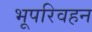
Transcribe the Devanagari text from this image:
भूपरिवहन